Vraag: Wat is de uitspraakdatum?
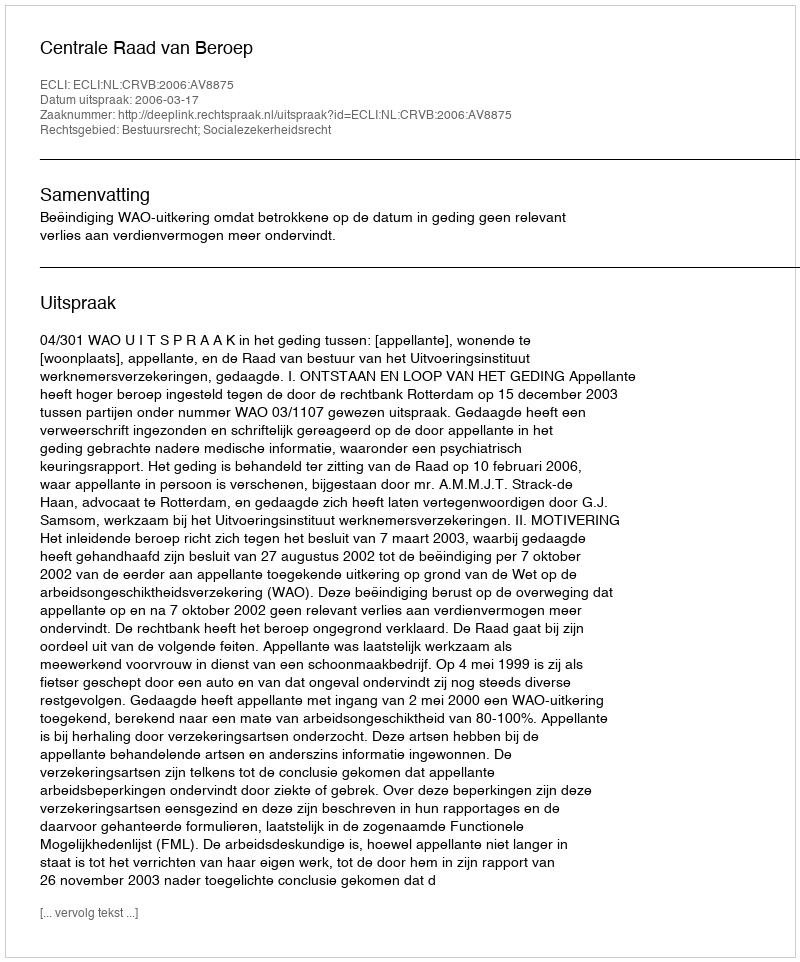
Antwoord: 2006-03-17